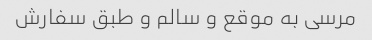
مرسی به موقع و سالم و طبق سفارش